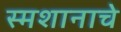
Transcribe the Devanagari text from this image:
स्मशानाचे